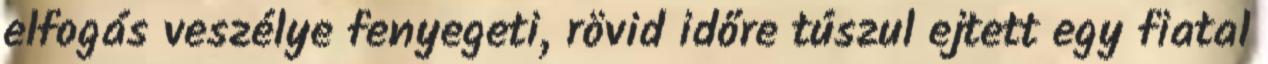
elfogás veszélye fenyegeti, rövid időre túszul ejtett egy fiatal